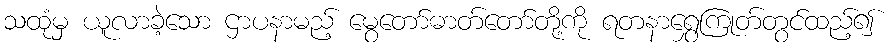
သထုံမှ ယူလာခဲ့သော ဌာပနာမည့် မွေတော်ဓာတ်တော်တို့ကို ရတနာရွှေကြုတ်တွင်ထည့်၍